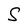
Character: S